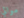
موالي